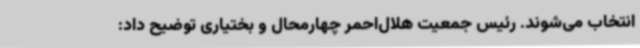
انتخاب می‌شوند. رئیس جمعیت هلال‌احمر چهارمحال و بختیاری توضیح داد: